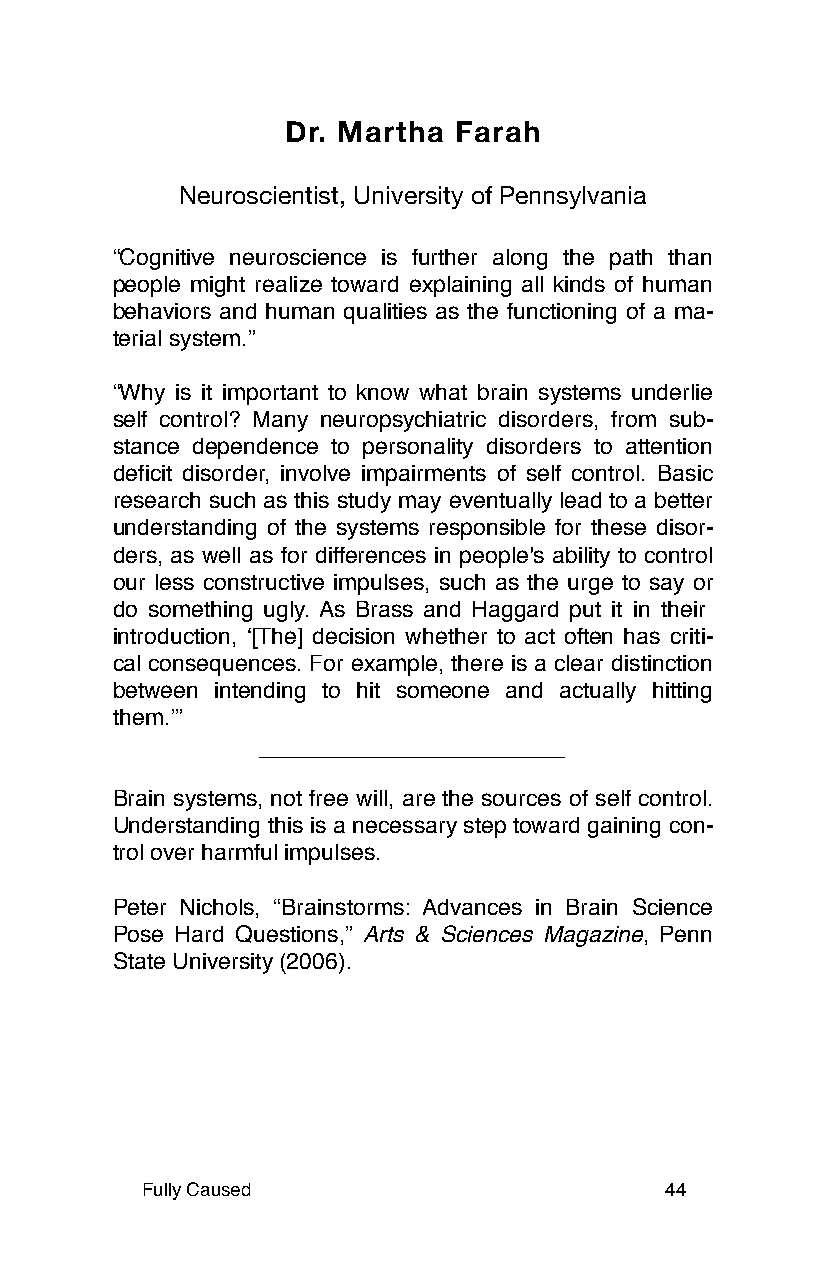
Dr. Martha Farah
 Neuroscientist, University of Pennsylvania
 “Cognitive neuroscience is further along the path than
 people might realize toward explaining all kinds of human
 behaviors and human qualities as the functioning of a ma-
 terial system.”
 “Why is it important to know what brain systems underlie
 self control? Many neuropsychiatric disorders, from sub-
 stance dependence to personality disorders to attention
 deficit disorder, involve impairments of self control. Basic
 research such as this study may eventually lead to a better
 understanding of the systems responsible for these disor-
 ders, as well as for differences in people's ability to control
 our less constructive impulses, such as the urge to say or
 do something ugly. As Brass and Haggard put it in their
 introduction, ʻ[The] decision whether to act often has criti-
 cal consequences. For example, there is a clear distinction
 between intending to hit someone and actually hitting
 them.ʼ”
 Brain systems, not free will, are the sources of self control.
 Understanding this is a necessary step toward gaining con-
 trol over harmful impulses.
 Peter Nichols, “Brainstorms: Advances in Brain Science
 Pose Hard Questions,” Arts & Sciences Magazine, Penn
 State University (2006).
 Fully Caused                       44